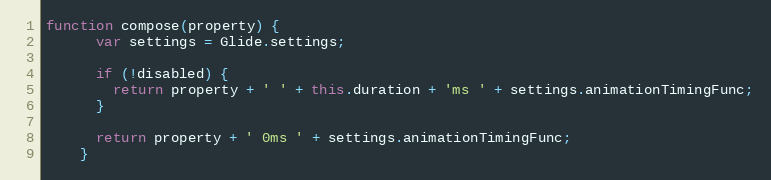
Language: JavaScript
function compose(property) {
      var settings = Glide.settings;

      if (!disabled) {
        return property + ' ' + this.duration + 'ms ' + settings.animationTimingFunc;
      }

      return property + ' 0ms ' + settings.animationTimingFunc;
    }